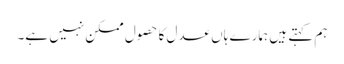
ہم کہتے ہیں ہمارے ہاں عدل کا حصول ممکن نہیں ہے۔